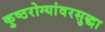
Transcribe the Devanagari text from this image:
कुष्ठरोग्यांवरसुद्धा